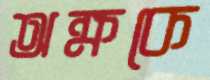
অক্ষকে